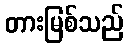
တားမြစ်သည်